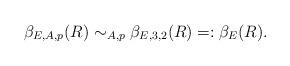
LaTeX: \begin{align*} \beta_{E,A,p}(R)\sim_{A,p} \beta_{E,3,2}(R)=: \beta_{E}(R).\end{align*}